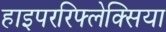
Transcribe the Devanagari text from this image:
हाइपररिफ्लेक्सिया